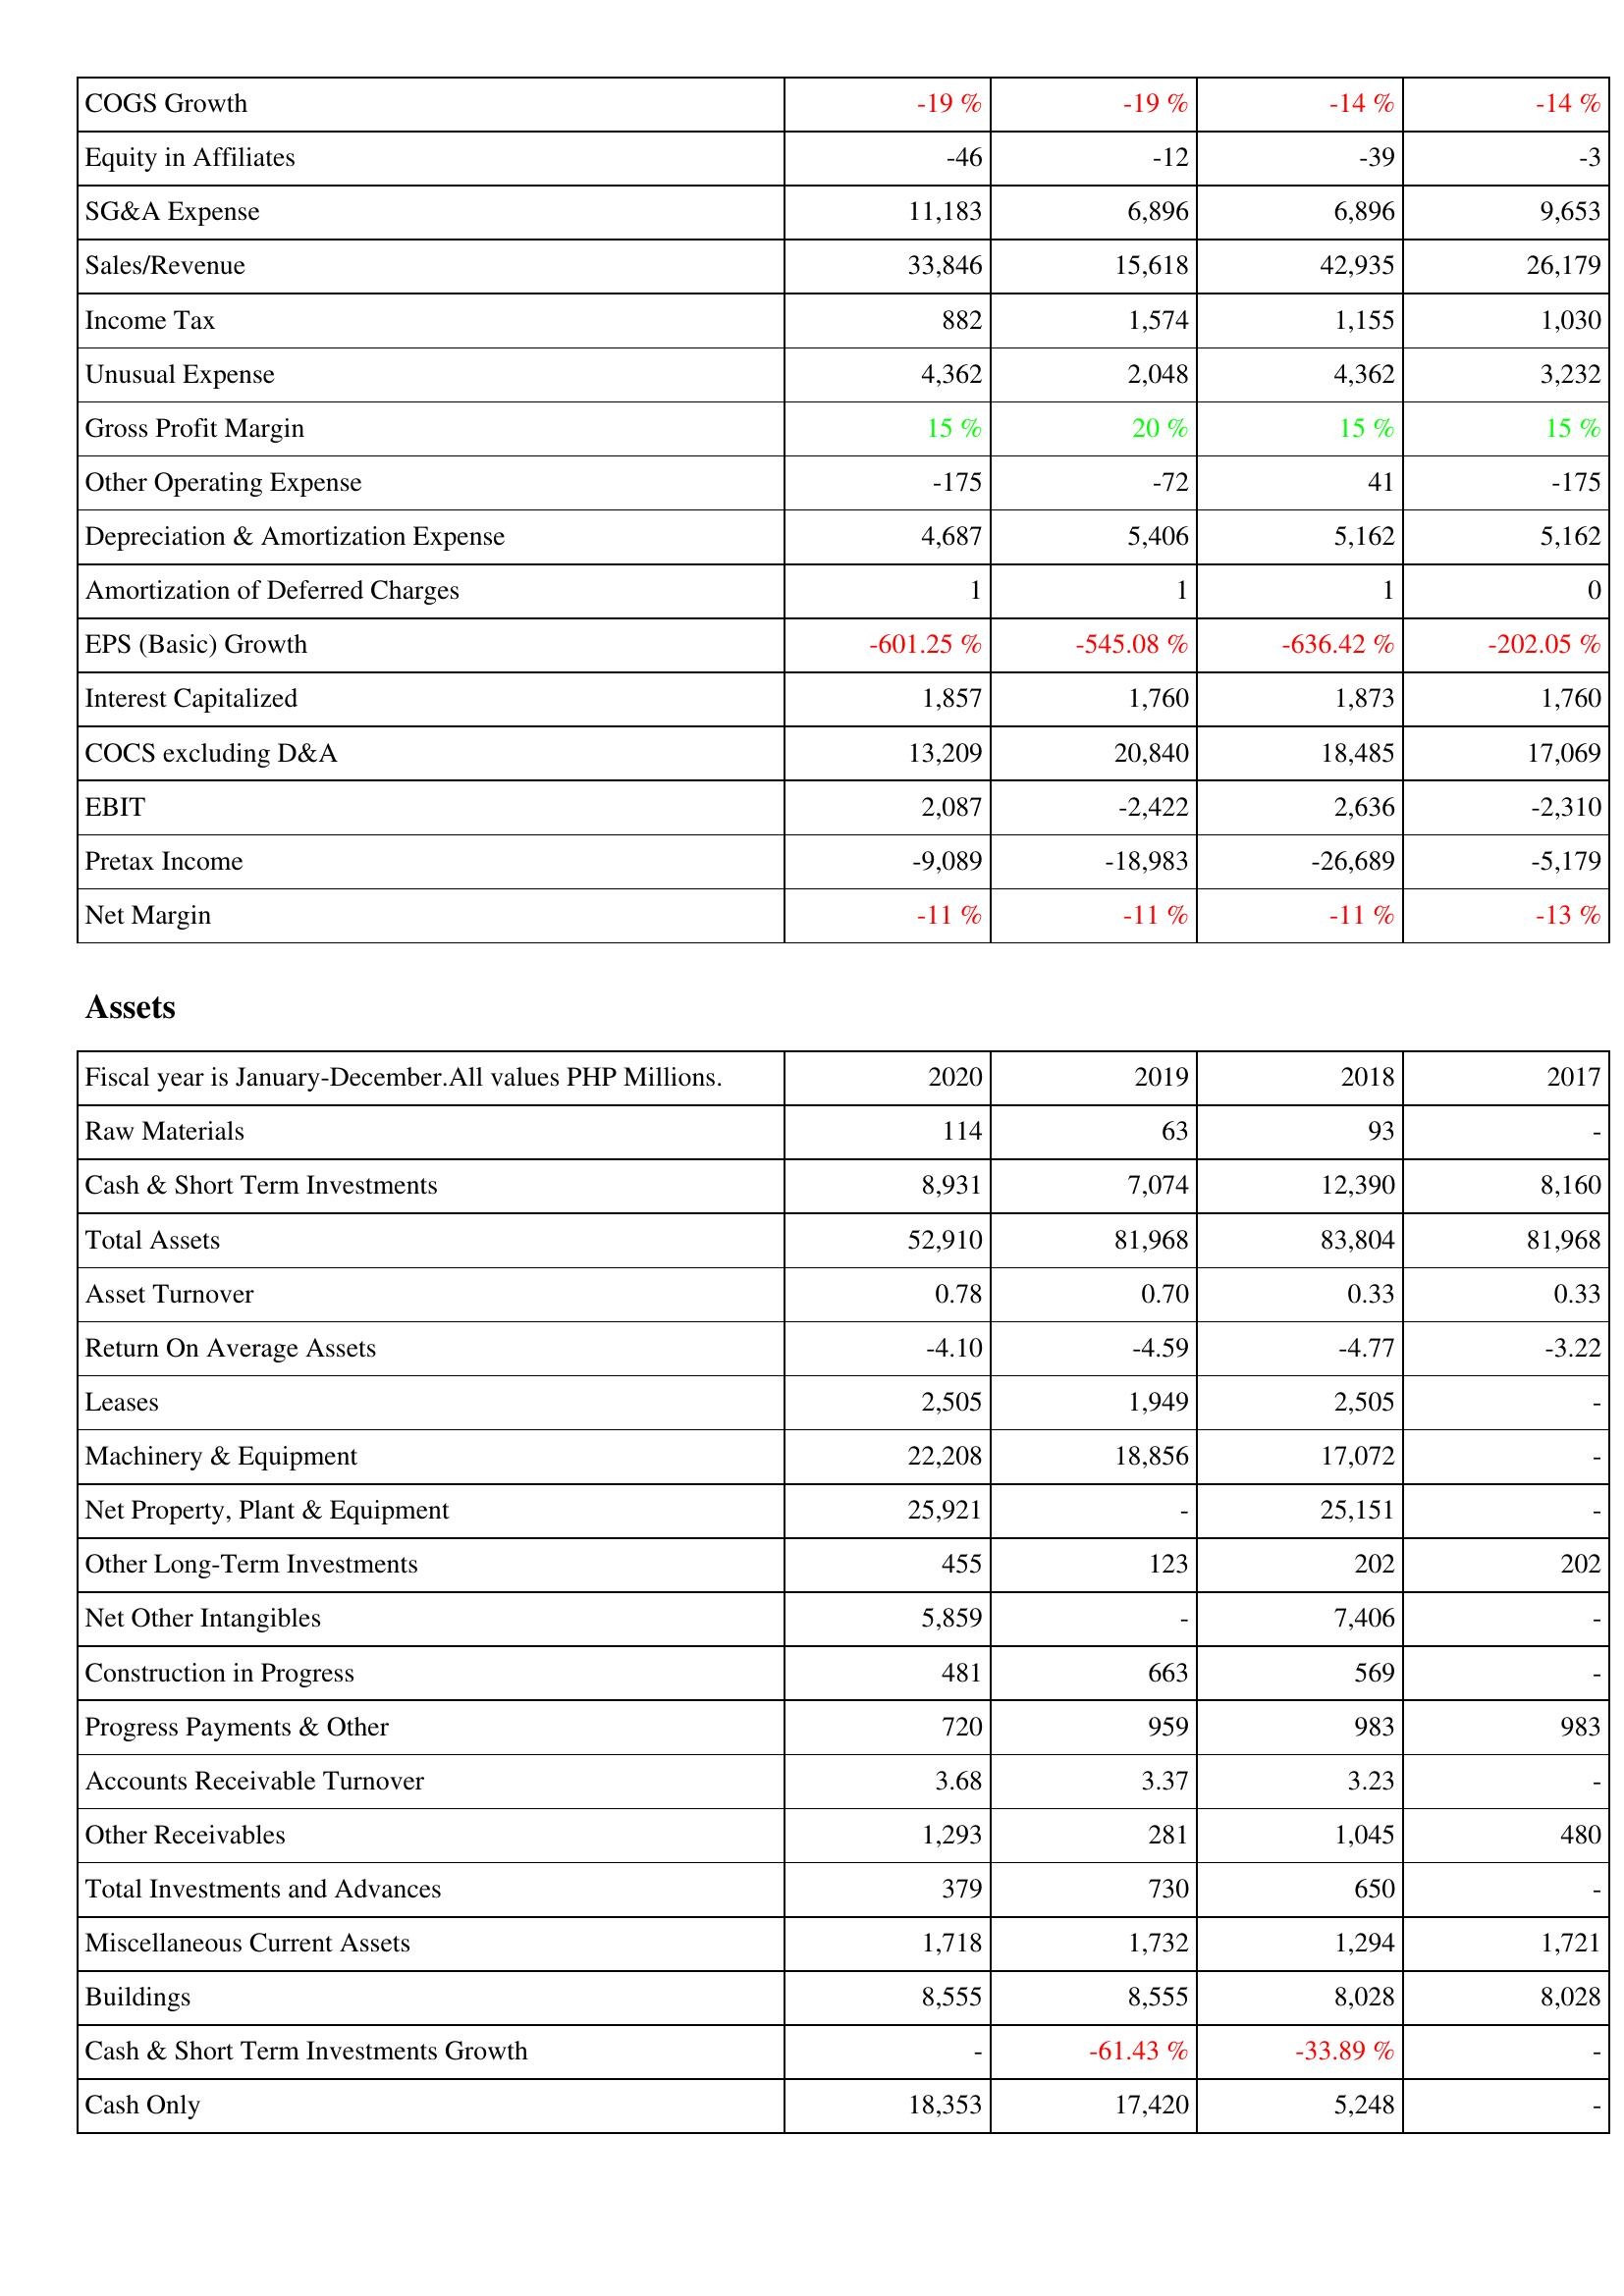
2020: Income Statement: COGS Growth: -19 %
Equity in Affiliates: -46
SG&A Expense: 11,183
Sales/Revenue: 33,846
Income Tax: 882
Unusual Expense: 4,362
Gross Profit Margin: 15 %
Other Operating Expense: -175
Depreciation & Amortization Expense: 4,687
Amortization of Deferred Charges: 1
EPS (Basic) Growth: -601.25 %
Interest Capitalized: 1,857
COCS excluding D&A: 13,209
EBIT: 2,087
Pretax Income: -9,089
Net Margin: -11 %
Assets: Raw Materials: 114
Cash & Short Term Investments: 8,931
Total Assets: 52,910
Asset Turnover: 0.78
Return On Average Assets: -4.10
Leases: 2,505
Machinery & Equipment: 22,208
Net Property, Plant & Equipment: 25,921
Other Long-Term Investments: 455
Net Other Intangibles: 5,859
Construction in Progress: 481
Progress Payments & Other: 720
Accounts Receivable Turnover: 3.68
Other Receivables: 1,293
Total Investments and Advances: 379
Miscellaneous Current Assets: 1,718
Buildings: 8,555
Cash & Short Term Investments Growth: -
Cash Only: 18,353
2019: Income Statement: COGS Growth: -19 %
Equity in Affiliates: -12
SG&A Expense: 6,896
Sales/Revenue: 15,618
Income Tax: 1,574
Unusual Expense: 2,048
Gross Profit Margin: 20 %
Other Operating Expense: -72
Depreciation & Amortization Expense: 5,406
Amortization of Deferred Charges: 1
EPS (Basic) Growth: -545.08 %
Interest Capitalized: 1,760
COCS excluding D&A: 20,840
EBIT: -2,422
Pretax Income: -18,983
Net Margin: -11 %
Assets: Raw Materials: 63
Cash & Short Term Investments: 7,074
Total Assets: 81,968
Asset Turnover: 0.70
Return On Average Assets: -4.59
Leases: 1,949
Machinery & Equipment: 18,856
Net Property, Plant & Equipment: -
Other Long-Term Investments: 123
Net Other Intangibles: -
Construction in Progress: 663
Progress Payments & Other: 959
Accounts Receivable Turnover: 3.37
Other Receivables: 281
Total Investments and Advances: 730
Miscellaneous Current Assets: 1,732
Buildings: 8,555
Cash & Short Term Investments Growth: -61.43 %
Cash Only: 17,420
2018: Income Statement: COGS Growth: -14 %
Equity in Affiliates: -39
SG&A Expense: 6,896
Sales/Revenue: 42,935
Income Tax: 1,155
Unusual Expense: 4,362
Gross Profit Margin: 15 %
Other Operating Expense: 41
Depreciation & Amortization Expense: 5,162
Amortization of Deferred Charges: 1
EPS (Basic) Growth: -636.42 %
Interest Capitalized: 1,873
COCS excluding D&A: 18,485
EBIT: 2,636
Pretax Income: -26,689
Net Margin: -11 %
Assets: Raw Materials: 93
Cash & Short Term Investments: 12,390
Total Assets: 83,804
Asset Turnover: 0.33
Return On Average Assets: -4.77
Leases: 2,505
Machinery & Equipment: 17,072
Net Property, Plant & Equipment: 25,151
Other Long-Term Investments: 202
Net Other Intangibles: 7,406
Construction in Progress: 569
Progress Payments & Other: 983
Accounts Receivable Turnover: 3.23
Other Receivables: 1,045
Total Investments and Advances: 650
Miscellaneous Current Assets: 1,294
Buildings: 8,028
Cash & Short Term Investments Growth: -33.89 %
Cash Only: 5,248
2017: Income Statement: COGS Growth: -14 %
Equity in Affiliates: -3
SG&A Expense: 9,653
Sales/Revenue: 26,179
Income Tax: 1,030
Unusual Expense: 3,232
Gross Profit Margin: 15 %
Other Operating Expense: -175
Depreciation & Amortization Expense: 5,162
Amortization of Deferred Charges: 0
EPS (Basic) Growth: -202.05 %
Interest Capitalized: 1,760
COCS excluding D&A: 17,069
EBIT: -2,310
Pretax Income: -5,179
Net Margin: -13 %
Assets: Raw Materials: -
Cash & Short Term Investments: 8,160
Total Assets: 81,968
Asset Turnover: 0.33
Return On Average Assets: -3.22
Leases: -
Machinery & Equipment: -
Net Property, Plant & Equipment: -
Other Long-Term Investments: 202
Net Other Intangibles: -
Construction in Progress: -
Progress Payments & Other: 983
Accounts Receivable Turnover: -
Other Receivables: 480
Total Investments and Advances: -
Miscellaneous Current Assets: 1,721
Buildings: 8,028
Cash & Short Term Investments Growth: -
Cash Only: -